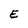
Character: E